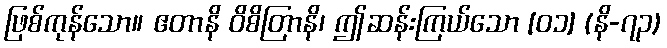
ဖြစ်ကုန်သော။ ဧတာနိ ဝိစိတြာနိ၊ ဤဆန်းကြယ်သော [၀၁] (နိ-၇၃)